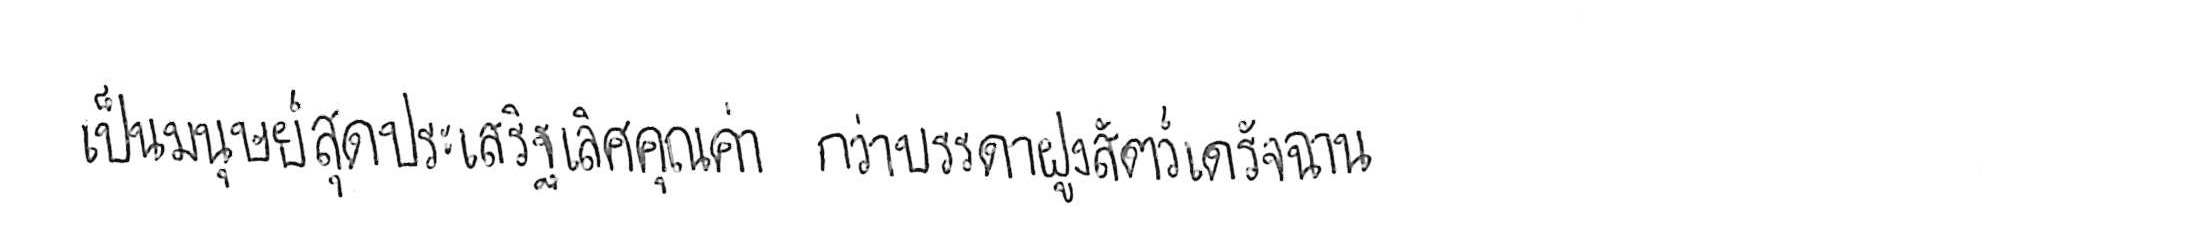
เป็นมนุษย์สุดประเสริฐเลิศคุณค่า กว่าบรรดาฝูงสัตว์เดรัจฉาน